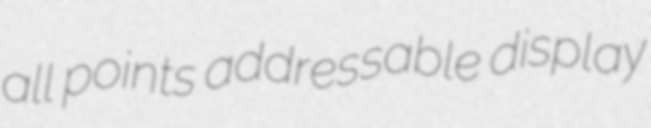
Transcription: all points addressable display